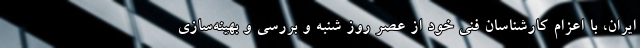
ایران، با اعزام کارشناسان فنی خود از عصر روز شنبه و بررسی و بهینه‌سازی